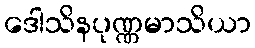
ဒေါသိနပုဏ္ဏမာသိယာ